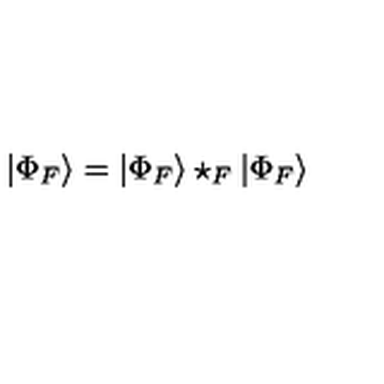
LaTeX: | \Phi _ { F } \rangle = | \Phi _ { F } \rangle \star _ { F } | \Phi _ { F } \rangle \,